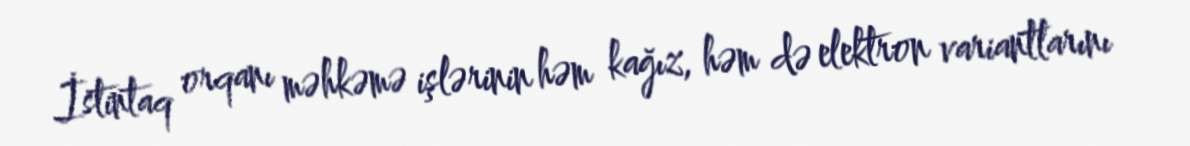
İstintaq orqanı məhkəmə işlərinin həm kağız, həm də elektron variantlarını